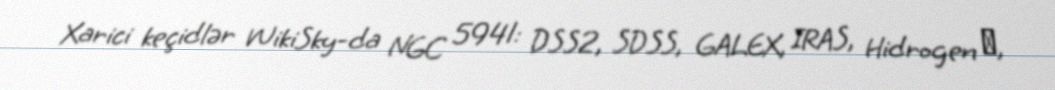
Xarici keçidlər WikiSky-da NGC 5941: DSS2, SDSS, GALEX, IRAS, Hidrogen α,